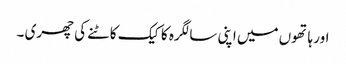
اور ہاتھوں میں اپنی سالگرہ کا کیک کاٹنے کی چھری ۔